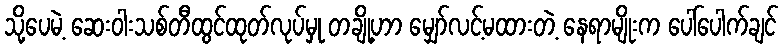
သို့ပေမဲ့ ဆေးဝါးသစ်တီထွင်ထုတ်လုပ်မှု တချို့ဟာ မျှော်လင့်မထားတဲ့ နေရာမျိုးက ပေါ်ပေါက်ချင်